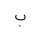
Letter: _ba